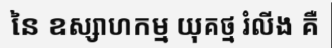
នៃ ឧស្សាហកម្ម យុគថ្ម រំលីង គឺ